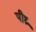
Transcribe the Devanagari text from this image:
षीघ्र